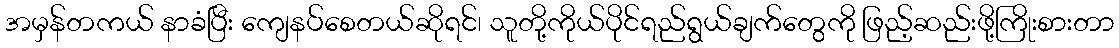
အမှန်တကယ် နာခံပြီး ကျေနပ်စေတယ်ဆိုရင်၊ သူတို့ကိုယ်ပိုင်ရည်ရွယ်ချက်တွေကို ဖြည့်ဆည်းဖို့ကြိုးစားတာ